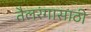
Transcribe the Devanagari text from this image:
तैलरंगासाठी